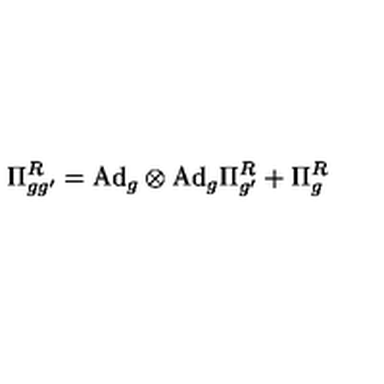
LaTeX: \Pi _ { g g ^ { \prime } } ^ { R } = \mathrm { A d } _ { g } \otimes \mathrm { A d } _ { g } \Pi _ { g ^ { \prime } } ^ { R } + \Pi _ { g } ^ { R }